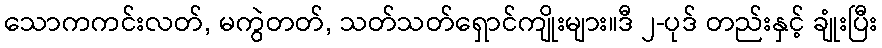
သောကကင်းလတ်, မကွဲတတ်, သတ်သတ်ရှောင်ကျိုးများ။ဒီ ၂-ပုဒ် တည်းနှင့် ချုံးပြီး